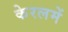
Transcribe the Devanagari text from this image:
केरलमें